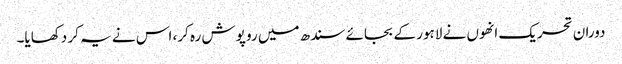
دوران تحریک انھوں نے لاہور کے بجائے سندھ میں رو پوش رہ کر، اس نے یہ کر دکھایا۔